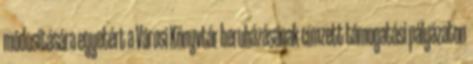
módosítására egyetért a Városi Könyvtár beruházásának címzett támogatási pályázaton